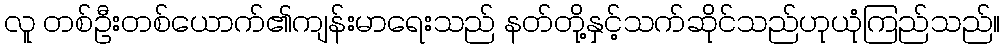
လူ တစ်ဦးတစ်ယောက်၏ကျန်းမာရေးသည် နတ်တို့နှင့်သက်ဆိုင်သည်ဟုယုံကြည်သည်။